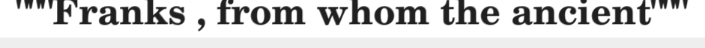
"""Franks , from whom the ancient"""